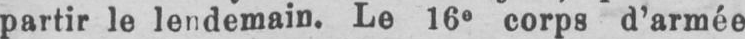
partir le lendemain. Le 16e corps d’armée